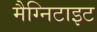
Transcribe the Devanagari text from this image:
मैग्निटाइट